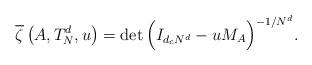
LaTeX: \begin{align*}\overline{\zeta} \left(A, T^d_N, u \right) = \det \Big(I_{d_c N^d} - u M_A \Big)^{-1/N^d}.\end{align*}